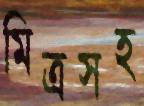
মিত্রসহ